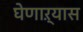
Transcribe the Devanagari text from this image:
घेणाऱ्यास